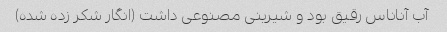
آب آناناس رقیق بود و شیرینی مصنوعی داشت (انگار شکر زده شده)